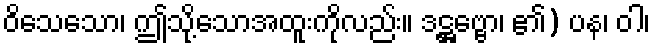
ဝိသေသော၊ ဤသို့သောအထူးကိုလည်း။ ဒဋ္ဌဗ္ဗော၊ ၏) ပန၊ ဝါ၊